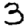
Digit: 3